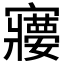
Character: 𡫽